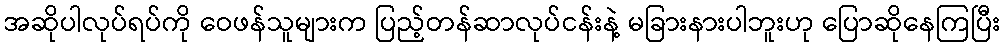
အဆိုပါလုပ်ရပ်ကို ဝေဖန်သူများက ပြည့်တန်ဆာလုပ်ငန်းနဲ့ မခြားနားပါဘူးဟု ပြောဆိုနေကြပြီး